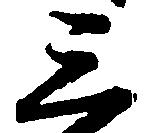
三